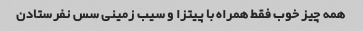
همه چیز خوب فقط همراه با پیتزا و سیب زمینی سس نفرستادن